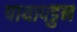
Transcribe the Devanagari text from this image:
पायापडुन